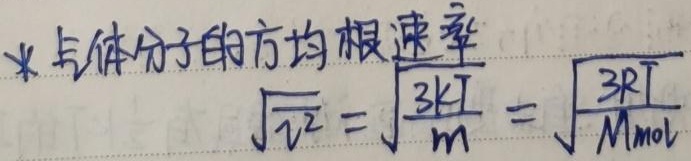
*气体分子的方均根速率
\(\sqrt{\overline{v^{2}}}=\sqrt{\frac{3kT}{m}}=\sqrt{\frac{3RT}{M_{mol}}}\)